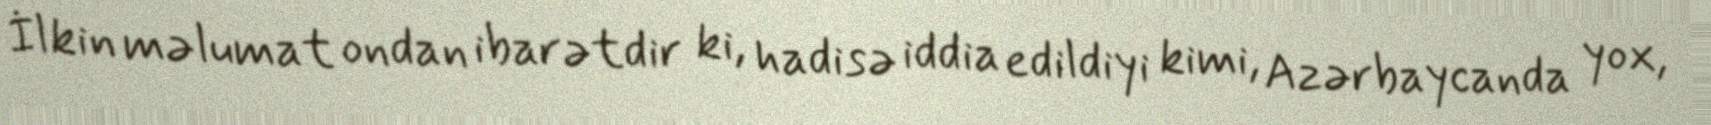
İlkin məlumat ondan ibarətdir ki, hadisə iddia edildiyi kimi, Azərbaycanda yox,